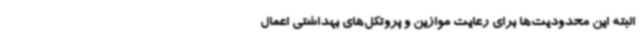
البته این محدودیت‌ها برای رعایت موازین و پروتکل‌های بهداشتی اعمال